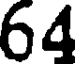
64